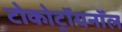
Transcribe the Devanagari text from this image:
टोकोट्रॉयनॉल